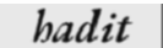
hadit